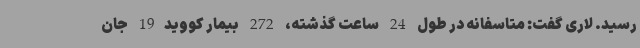
رسید. لاری گفت: متاسفانه در طول 24 ساعت گذشته، 272 بیمار کووید19 جان